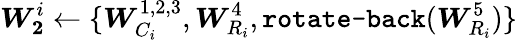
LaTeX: \boldsymbol{W_{2}}^{i}\leftarrow\{ \boldsymbol{W}_{C_{i}}^{1,2,3},\boldsymbol{W}_{R_{i}}^{4},\texttt{rotate-back}(\boldsymbol{W}_{R_{i}}^{5})\}